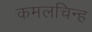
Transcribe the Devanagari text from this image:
कमलचिन्ह